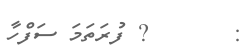
:       ? ފުރަތަމަ ސަފްހާ